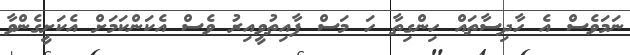
ނަމަވެސް އެ ހާދިސާތައް ހިންގިތާ ހަ މަސް ފާއިތުވީއިރު ވެސް އެކަންކަމަށް އެކަށީގެންވާ